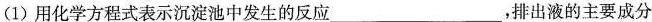
(1)用化学方程式表示沉淀池中发生的反应 ___,排出液的主要成分